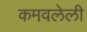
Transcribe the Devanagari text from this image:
कमवलेली